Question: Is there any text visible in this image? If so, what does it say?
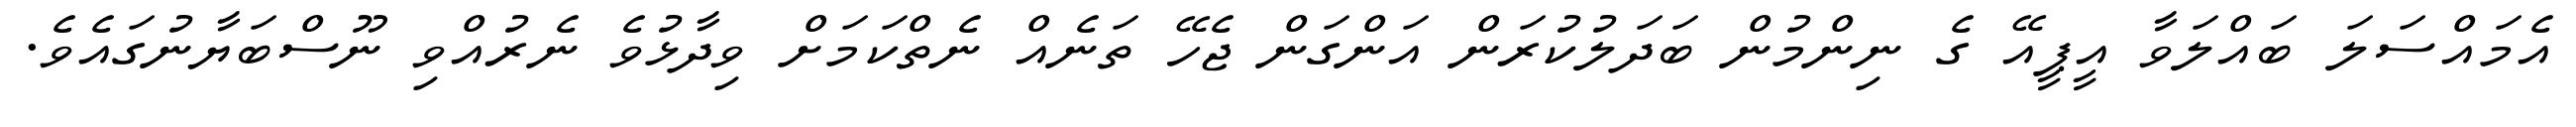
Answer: އެމައްސަލަ ބައްލަވާ އީޕީއޭ ގެ ނިންމުން ބަދަލުކުރަން އަންގަން ޖެހޭ ތަނެއް ނެތްކަމަށް ވިދާޅުވެ ނެރުއްވި ނޫސްބަޔާނުގައެވެ.